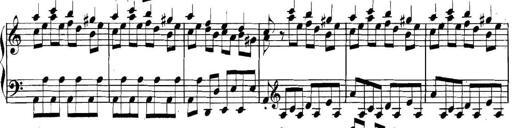
Title: Collected Piano Sonatas
Composer: Muzio Clementi